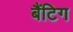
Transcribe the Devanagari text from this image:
बैंटिग